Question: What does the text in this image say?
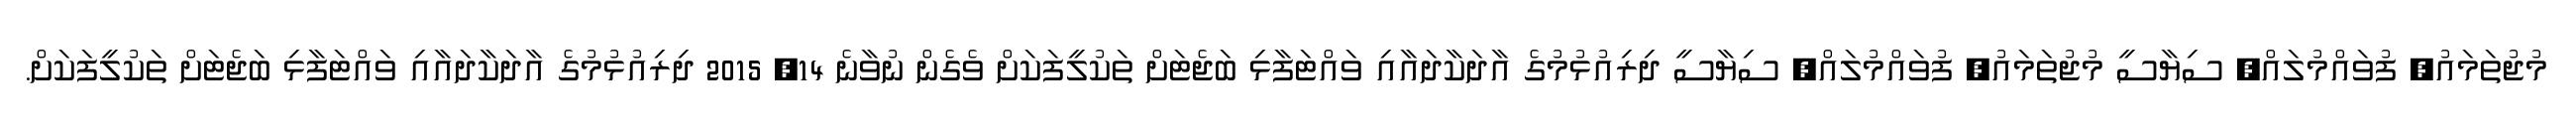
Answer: މުޖުތަމައު, ފުވައްމުލައް, ސިޔާސީ މުޖުތަމައު, ފުވައްމުލައް, ސިޔާސީ ދިރިއުޅުމުގެ އާދަކާދައާއި ވައްޓަފާޅި ބަޖެޓަށް ތަކުލީފަކަށް ވެގެން ނުވާނެ 14, 2015 ދިރިއުޅުމުގެ އާދަކާދައާއި ވައްޓަފާޅި ބަޖެޓަށް ތަކުލީފަކަށް.